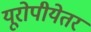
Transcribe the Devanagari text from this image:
यूरोपीयेतर